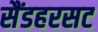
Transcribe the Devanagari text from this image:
सैंडहरसट